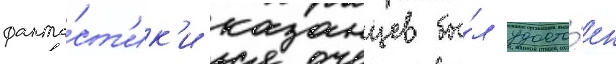
фанта́ст'ик'и казанцев бы́л удосто́ен